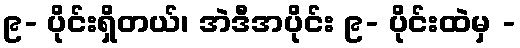
၉- ပိုင်းရှိတယ်၊ အဲဒီအပိုင်း ၉- ပိုင်းထဲမှ -